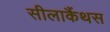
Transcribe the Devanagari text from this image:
सीलाकैंथस